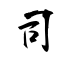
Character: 司